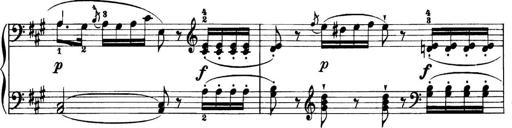
Title: 11 Sonatinas
Composer: Anton Diabelli